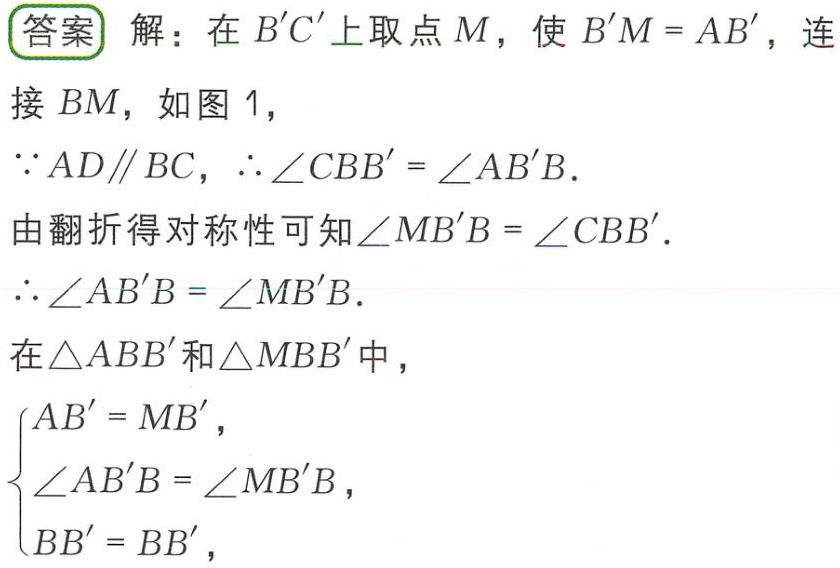
答案 解：在 \(B'C'\) 上取点 \(M\)，使 \(B'M = AB'\)，连接 \(BM\)，如图 1，
\(\because AD\parallel BC\)，\(\therefore \angle CBB' = \angle AB'B\).
由翻折得对称性可知\(\angle MB'B = \angle CBB'\).
\(\therefore \angle AB'B = \angle MB'B\).
在\(\triangle ABB'\)和\(\triangle MBB'\)中，
\(\begin{cases}
AB' = MB',\\
\angle AB'B = \angle MB'B,\\
BB' = BB'
\end{cases}\)